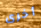
أخرى